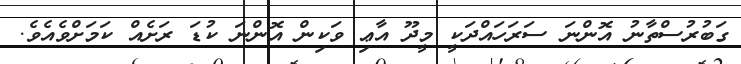
ގަބުރުސްތާނު އޮންނަ ސަރަހައްދަކީ މީދޫ އާޢި ވަކިން އޮންނަ ކުޑަ ރަށެއް ކަމަށްވެއެވެ.